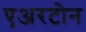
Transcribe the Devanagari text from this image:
एअरटोन